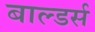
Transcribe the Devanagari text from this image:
बाल्डर्स